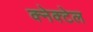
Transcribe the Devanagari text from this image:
क्नेक्टेल